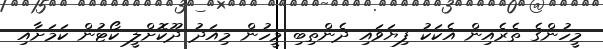
މީހުންގެ ތެރެއިން އެކަކު ފިޔަވައި ދެންތިބި މީހުން މިއަދު ދޫކޮށްލީ ކޯޓުން ކަމަަށާއި